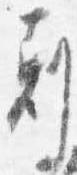
剋